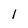
Character: 1